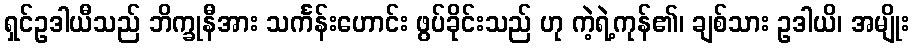
ရှင်ဥဒါယီသည် ဘိက္ခုနီအား သင်္ကန်းဟောင်း ဖွပ်ခိုင်းသည် ဟု ကဲ့ရဲ့ကုန်၏၊ ချစ်သား ဥဒါယိ၊ အမျိုး